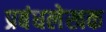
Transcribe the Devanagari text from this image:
प्रबंधलेखक